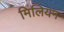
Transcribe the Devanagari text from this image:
मिलियन